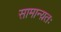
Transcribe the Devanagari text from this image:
सामान्य़तः